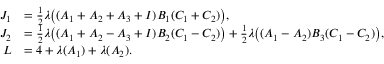
\begin{array} { r l } { J _ { 1 } } & { = \frac 1 2 \lambda \big ( ( A _ { 1 } + A _ { 2 } + A _ { 3 } + I ) B _ { 1 } ( C _ { 1 } + C _ { 2 } ) \big ) , } \\ { J _ { 2 } } & { = \frac 1 2 \lambda \big ( ( A _ { 1 } + A _ { 2 } - A _ { 3 } + I ) B _ { 2 } ( C _ { 1 } - C _ { 2 } ) \big ) + \frac 1 2 \lambda \big ( ( A _ { 1 } - A _ { 2 } ) B _ { 3 } ( C _ { 1 } - C _ { 2 } ) \big ) , } \\ { L } & { = 4 + \lambda ( A _ { 1 } ) + \lambda ( A _ { 2 } ) . } \end{array}